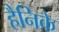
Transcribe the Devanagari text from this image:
हैनिके